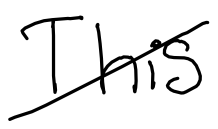
Text: This
Cross-out: diagonal
Writing tool: digital_black